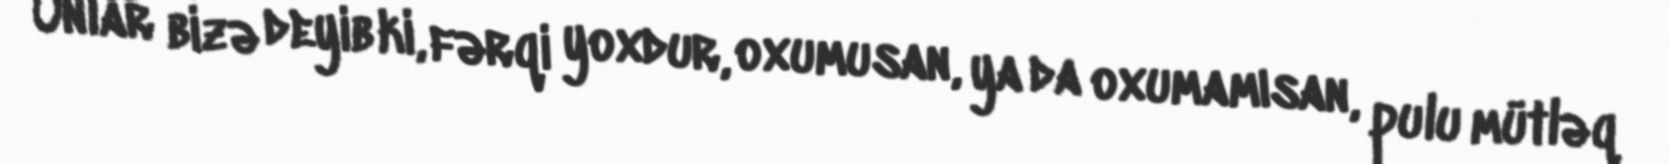
Onlar bizə deyib ki, fərqi yoxdur, oxumusan, ya da oxumamısan, pulu mütləq